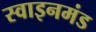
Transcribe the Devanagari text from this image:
स्वाइनमंड